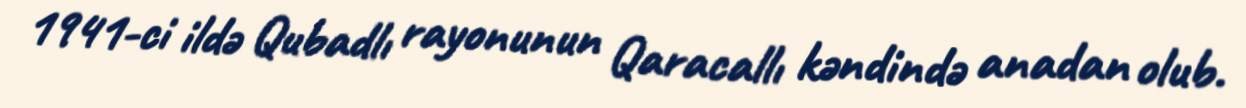
1941-ci ildə Qubadlı rayonunun Qaracallı kəndində anadan olub.